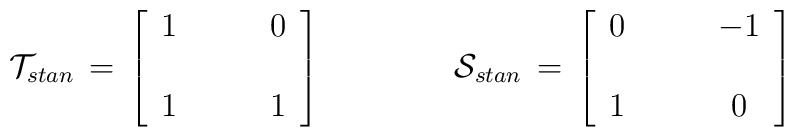
{\cal T}_{stan}\,=\,\left[\begin{array}{cc}  1  &\qquad  0   \\&\\  1  &\qquad  1\end{array}\right]\qquad\qquad{\cal S}_{stan}\,=\,\left[\begin{array}{cc}  0  &\qquad -1  \\&\\1 & \qquad 0\end{array}\right]